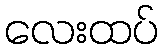
လေးထပ်